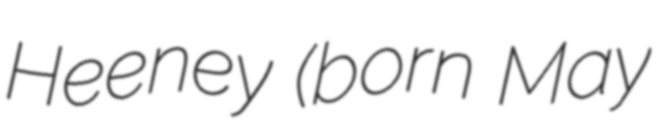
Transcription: Heeney (born May